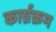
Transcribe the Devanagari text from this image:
कार्य्रक्रम